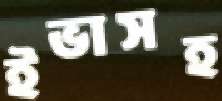
ইভাসহ